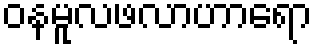
ဝနမူလဖလာဟာရော